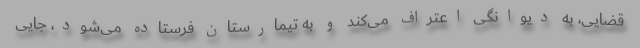
قضایی، به دیوانگی اعتراف می‌کند و به تیمارستان فرستاده می‌شود، جایی